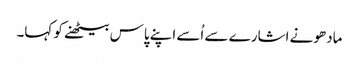
مادھو نے اشارے سے اُسے اپنے پاس بیٹھنے کو کہا۔